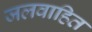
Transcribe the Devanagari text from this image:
जलवाहित